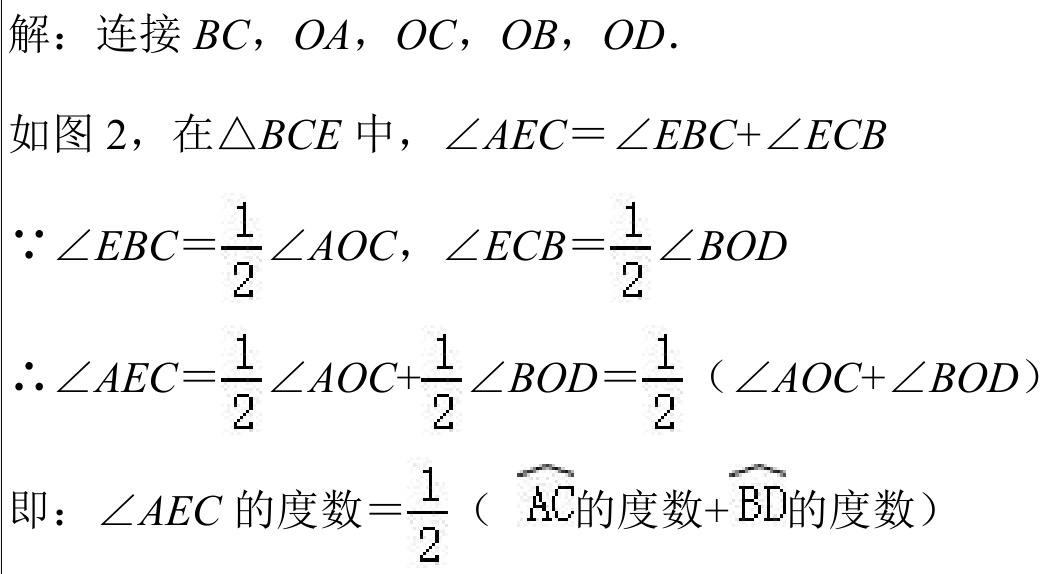
解：连接 \(BC\)，\(OA\)，\(OC\)，\(OB\)，\(OD\).

如图 2，在\(\triangle BCE\)中，\(\angle AEC = \angle EBC+\angle ECB\)

\(\because \angle EBC=\frac{1}{2}\angle AOC\)，\(\angle ECB=\frac{1}{2}\angle BOD\)

\(\therefore \angle AEC=\frac{1}{2}\angle AOC+\frac{1}{2}\angle BOD=\frac{1}{2}(\angle AOC + \angle BOD)\)

即：\(\angle AEC\)的度数\(=\frac{1}{2}(\overset{\frown}{AC}\)的度数+\(\overset{\frown}{BD}\)的度数\()\)